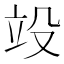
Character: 竐